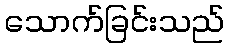
သောက်ခြင်းသည်